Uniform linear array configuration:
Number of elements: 32
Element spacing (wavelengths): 0.5
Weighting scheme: binomial
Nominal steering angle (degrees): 30
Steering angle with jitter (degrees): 29.348
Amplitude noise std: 0.05
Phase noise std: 0.05

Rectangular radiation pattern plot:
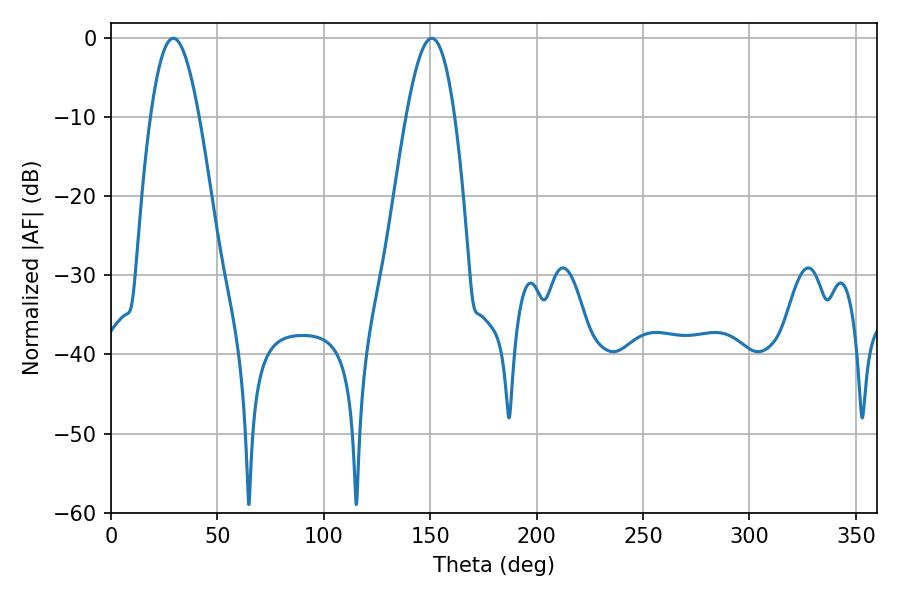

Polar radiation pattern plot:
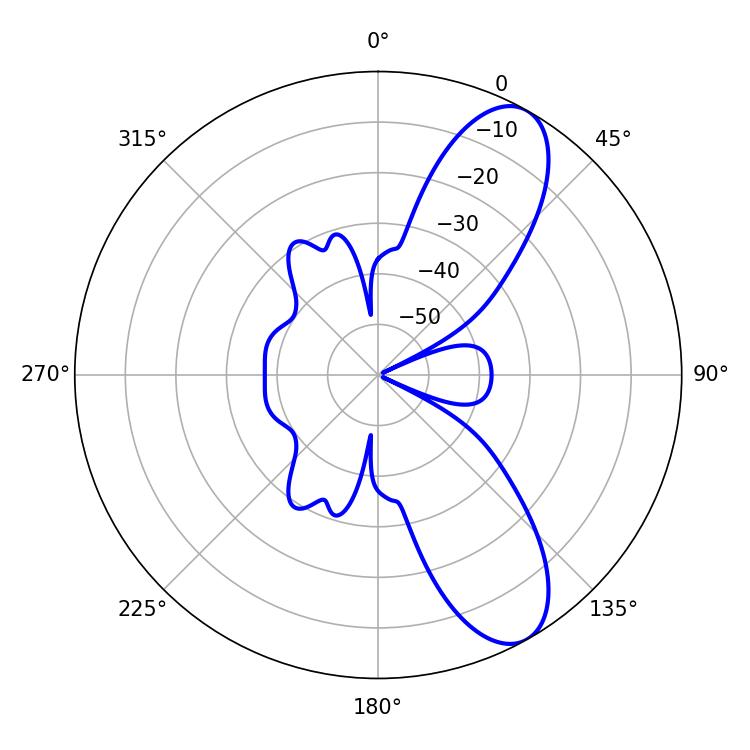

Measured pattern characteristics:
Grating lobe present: FALSE
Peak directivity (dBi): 9.383
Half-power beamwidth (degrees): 12.42
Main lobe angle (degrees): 29.34